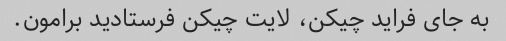
به جای فراید چیکن، لایت چیکن فرستادید برامون.